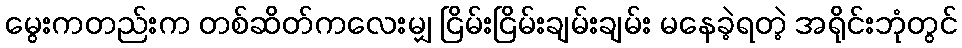
မွေးကတည်းက တစ်ဆိတ်ကလေးမျှ ငြိမ်းငြိမ်းချမ်းချမ်း မနေခဲ့ရတဲ့ အရိုင်းဘုံတွင်